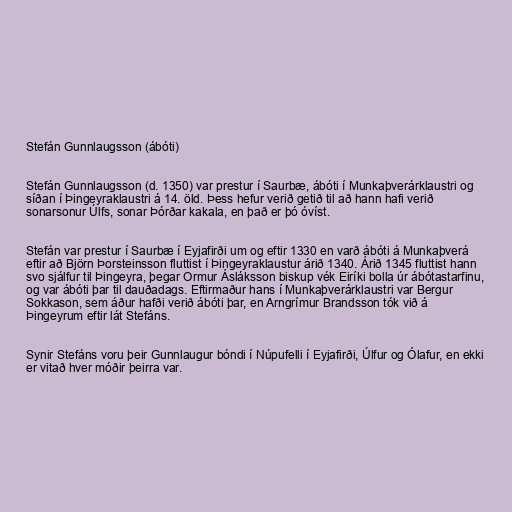
Stefán Gunnlaugsson (ábóti)

Stefán Gunnlaugsson (d. 1350) var prestur í Saurbæ, ábóti í Munkaþverárklaustri og
síðan í Þingeyraklaustri á 14. öld. Þess hefur verið getið til að hann hafi verið
sonarsonur Úlfs, sonar Þórðar kakala, en það er þó óvíst.

Stefán var prestur í Saurbæ í Eyjafirði um og eftir 1330 en varð ábóti á Munkaþverá
eftir að Björn Þorsteinsson fluttist í Þingeyraklaustur árið 1340. Árið 1345 fluttist hann
svo sjálfur til Þingeyra, þegar Ormur Ásláksson biskup vék Eiríki bolla úr ábótastarfinu,
og var ábóti þar til dauðadags. Eftirmaður hans í Munkaþverárklaustri var Bergur
Sokkason, sem áður hafði verið ábóti þar, en Arngrímur Brandsson tók við á
Þingeyrum eftir lát Stefáns.

Synir Stefáns voru þeir Gunnlaugur bóndi í Núpufelli í Eyjafirði, Úlfur og Ólafur, en ekki
er vitað hver móðir þeirra var.